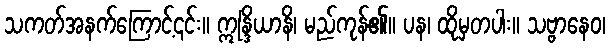
သကတ်အနက်ကြောင့်၎င်း။ ဣန္ဒြိယာနိ၊ မည်ကုန်၏။ ပန၊ ထိုမှတပါး။ သဗ္ဗာနေဝ၊